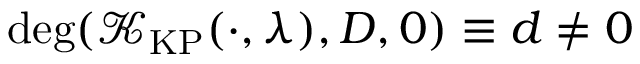
\deg ( \mathcal { K } _ { \mathrm { K P } } ( \cdot , \lambda ) , D , 0 ) \equiv d \neq 0